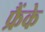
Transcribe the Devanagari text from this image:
फ्रैंके